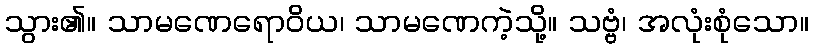
သွား၏။ သာမဏေရောဝိယ၊ သာမဏေကဲ့သို့။ သဗ္ဗံ၊ အလုံးစုံသော။